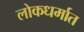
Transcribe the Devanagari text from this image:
लोकधर्मात